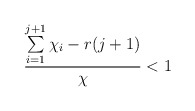
\begin{align*} \frac{\sum\limits_{i=1}^{j+1}\chi_i - r(j+1)}{\chi} < 1 \end{align*}